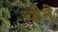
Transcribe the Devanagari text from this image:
व्हेने